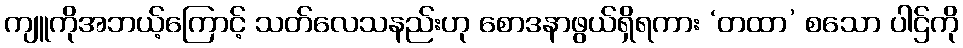
ကျူကိုအဘယ့်ကြောင့် သတ်လေသနည်းဟု စောဒနာဖွယ်ရှိရကား ‘တထာ’ စသော ပါဌ်ကို